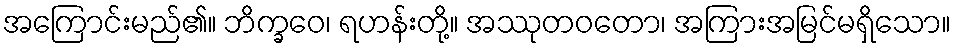
အကြောင်းမည်၏။ ဘိက္ခဝေ၊ ရဟန်းတို့။ အဿုတဝတော၊ အကြားအမြင်မရှိသော။